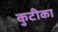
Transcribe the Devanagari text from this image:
कुटीका